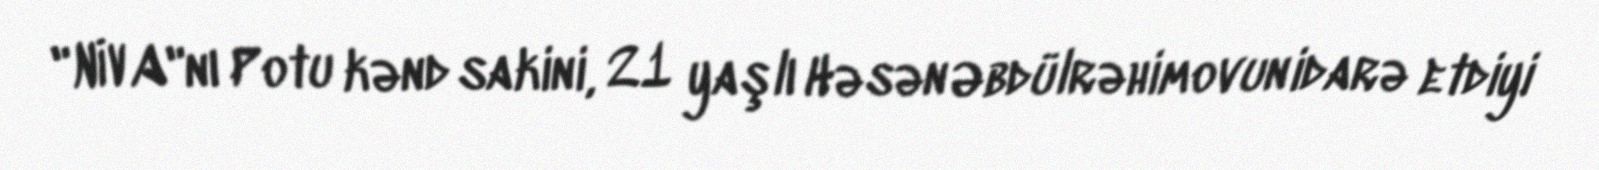
"NİVA"nı Potu kənd sakini, 21 yaşlı Həsən Əbdülrəhimovun idarə etdiyi